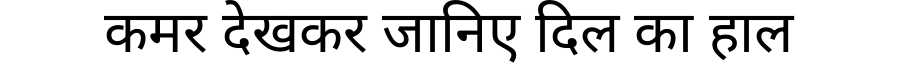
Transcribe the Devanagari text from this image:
कमर देखकर जानिए दिल का हाल